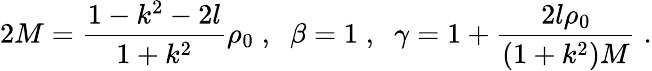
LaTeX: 2M=\frac{1-k^{2}-2l}{1+k^{2}}\rho_{0}\; ,\; \; \beta=1\; ,\; \; \gamma=1+\frac{2l\rho_{0}}{(1+k^{2})M}\; .